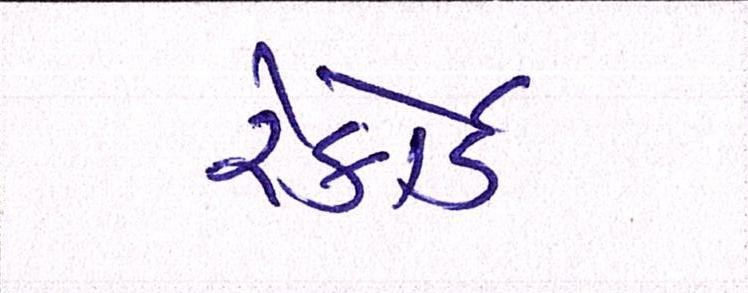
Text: રેકોર્ડ